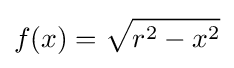
f(x)={\sqrt {r^{2}-x^{2}}}